Plague in India, 1896, 1897 - Volume 1
Year: 1896
Disease focus: Plague
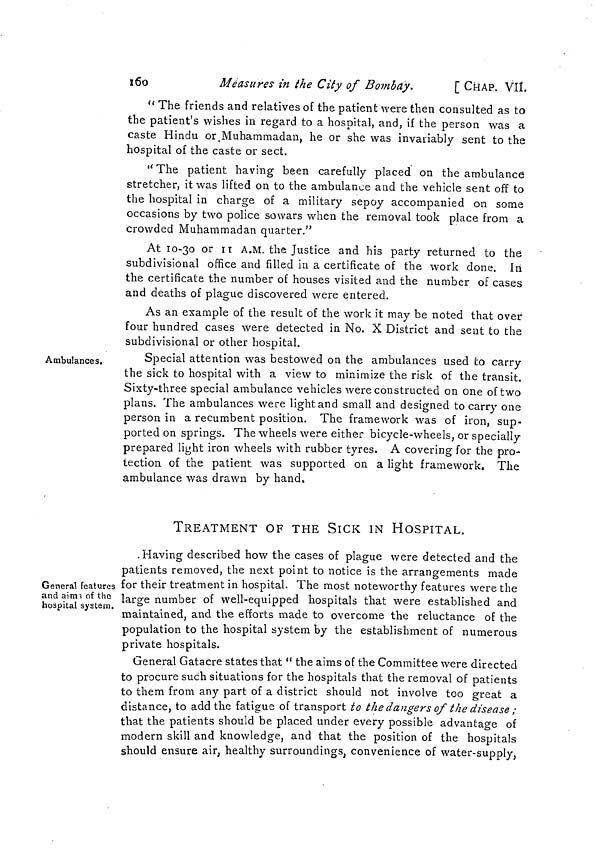
160
Measures in the City of Bombay.
[ CHAP. VII.
" The friends and relatives of the patient were then consulted as to
the patient's wishes in regard to a hospital, and, if the person was a
caste Hindu or Muhammadan, he or she was invariably sent to the
hospital of the caste or sect.
" The patient having been carefully placed on the ambulance
stretcher, it was lifted on to the ambulance and the vehicle sent off to
the hospital in charge of a military sepoy accompanied on some
occasions by two police sowars when the removal took place from a
crowded Muhammadan quarter."
At 10-30 or II A.M. the Justice and his party returned to the
subdivisional office and filled in a certificate of the work done. In
the certificate the number of houses visited and the number of cases
and deaths of plague discovered were entered.
As an example of the result of the work it may be noted that over
four hundred cases were detected in No. X District and sent to the
subdivisional or other hospital.
Ambulances.
Special attention was bestowed on the ambulances used to carry
the sick to hospital with a view to minimize the risk of the transit.
Sixty-three special ambulance vehicles were constructed on one of two
plans. The ambulances were light and small and designed to carry one
person in a recumbent position. The framework was of iron, sup-
ported on springs. The wheels were either bicycle-wheels, or specially
prepared light iron wheels with rubber tyres. A covering for the pro-
tection of the patient was supported on a light framework. The
ambulance was drawn by hand.
TREATMENT OF THE SICK IN HOSPITAL.
General features
and aims of the
hospital system.
Having described how the cases of plague were detected and the
patients removed, the next point to notice is the arrangements made
for their treatment in hospital. The most noteworthy features were the
large number of well-equipped hospitals that were established and
maintained, and the efforts made to overcome the reluctance of the
population to the hospital system by the establishment of numerous
private hospitals.
General Gatacre states that " the aims of the Committee were directed
to procure such situations for the hospitals that the removal of patients
to them from any part of a district should not involve too great a
distance, to add the fatigue of transport to the dangers of the disease ;
that the patients should be placed under every possible advantage of
modern skill and knowledge, and that the position of the hospitals
should ensure air, healthy surroundings, convenience of water-supply,